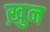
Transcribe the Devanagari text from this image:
ख़ुन